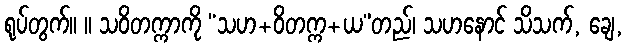
ရုပ်တွက်။ ။ သဝိတက္ကာကို “သဟ+ဝိတက္က+ယ”တည်၊ သဟနောင် သိသက်, ချေ,